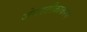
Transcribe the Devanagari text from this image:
जेनरटीकाकरण